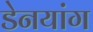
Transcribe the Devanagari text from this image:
डेनयांग